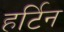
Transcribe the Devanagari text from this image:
हर्टिन